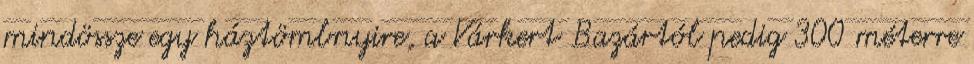
mindössze egy háztömbnyire, a Várkert Bazártól pedig 300 méterre